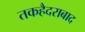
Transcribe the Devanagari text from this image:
तकहैदराबाद